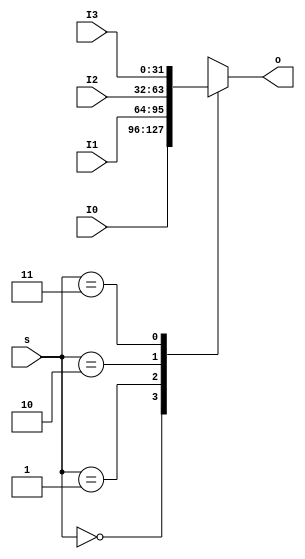
module   MUX4T1_32(input [1:0]s,
						 input [31:0]I0,
						 input [31:0]I1,
						 input [31:0]I2,
						 input [31:0]I3,						
						 output reg [31:0]o
						 );

		always @ * //324,I0I1I2I30123
			case(s)
				2'd0: o = I0;
				2'd1: o = I1;
				2'd2: o = I2;
				2'd3: o = I3;
			endcase	
endmodule